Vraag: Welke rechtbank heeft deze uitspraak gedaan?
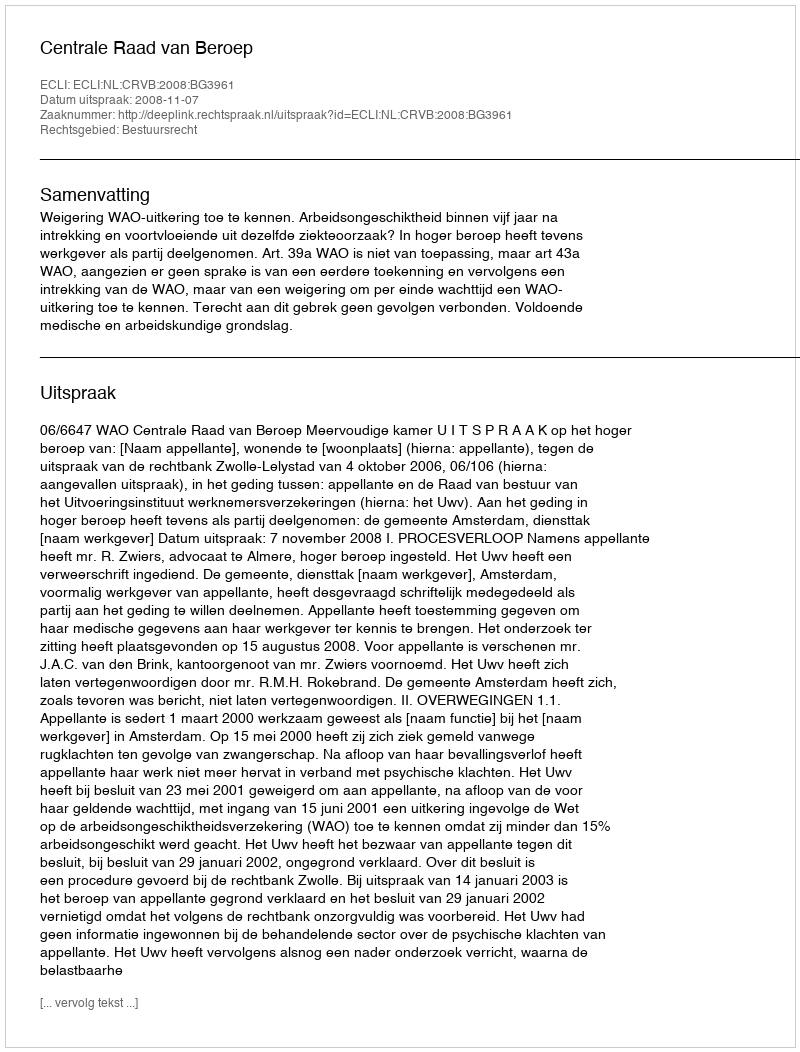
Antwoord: Centrale Raad van Beroep